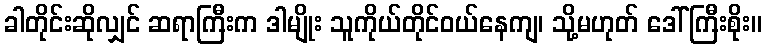
ခါတိုင်းဆိုလျှင် ဆရာကြီးက ဒါမျိုး သူကိုယ်တိုင်ဝယ်နေကျ၊ သို့မဟုတ် ဒေါ်ကြီးစိုး။